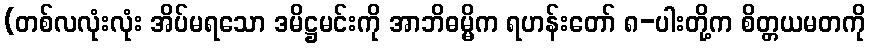
(တစ်လလုံးလုံး အိပ်မရသော ဒမိဋ္ဌမင်းကို အာဘိဓမ္မိက ရဟန်းတော် ၈-ပါးတို့က စိတ္တယမတကို